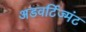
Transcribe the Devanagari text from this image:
अडवर्टिज्मंट